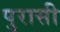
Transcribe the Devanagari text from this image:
पुरासी